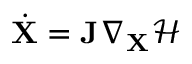
\dot { \mathbf { X } } = \mathbf { J } \nabla _ { \mathbf { X } } \mathcal { H }